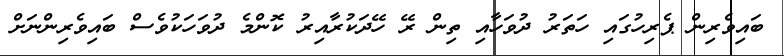
ބައިވެރިން ޕެރިހުގައި ހަތަރު ދުވަހާއި ތިން ރޭ ހޭދަކުރާއިރު ކޮންމެ ދުވަހަކުވެސް ބައިވެރިންނަށް